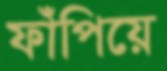
ফাঁপিয়ে